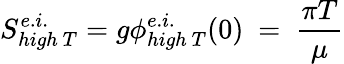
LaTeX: S_{high~T}^{e.i.}=g\phi_{high~T}^{e.i.}(0)~=~\frac{\pi T}{\mu}